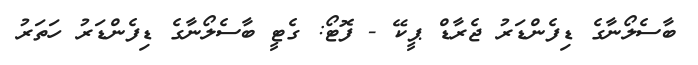
ބާސެލޯނާގެ ޑިފެންޑަރު ޖެރާޑް ޕީކޭ - ފޮޓޯ: ގެޓީ ބާސެލޯނާގެ ޑިފެންޑަރު ހަތަރު